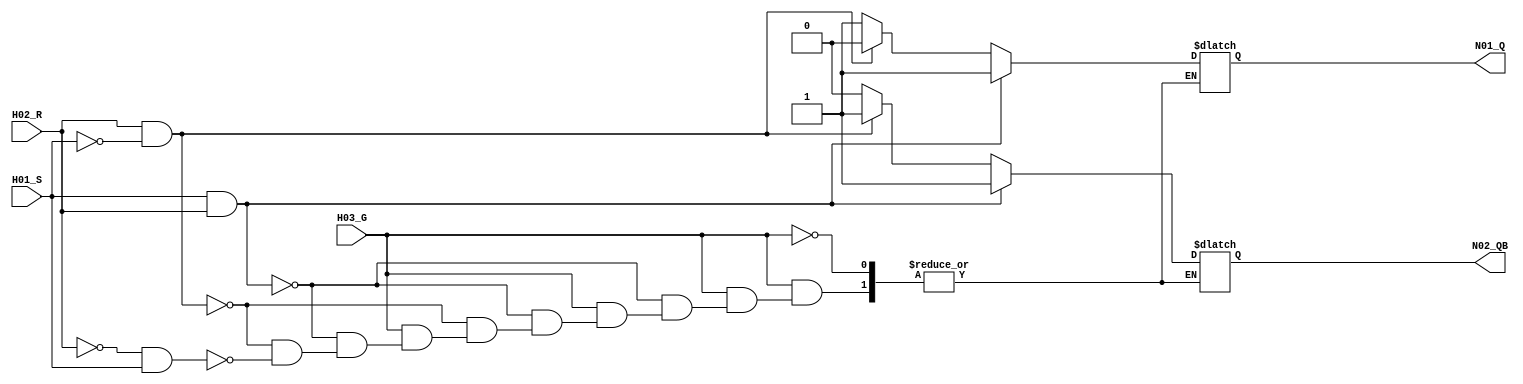
// This program was cloned from: https://github.com/RonnyA/nd-120
// License: MIT License

/******************************************************************************
 **                                                                          **
 ** Component : F595                                                         **
 **                                                                          **
 ** R/S Latch with Gated input                                               **
 **                                                                          **
 ** Truth table from REN_A12213XJ5V1UM00_OTH_19980801.pdf                    **
 ** Page 6-214. Function RS-LATCH                                            **
 *****************************************************************************/

module F595( 
   input H01_S, // Set
   input H02_R, // Reset
   input H03_G, // Gate Enable

   output N01_Q, // Q
   output N02_QB // Qn
);

    /* verilator lint_off UNOPTFLAT */

   reg regQ;
   reg regQn;

   // Behavioral description of the R-S latch   
   //always @(posedge H01_S, posedge H02_R, posedge H03_G) begin

    /* verilator lint_off LATCH */

    always @* begin
      if (H03_G) begin
       if (H01_S & H02_R) begin              
           regQ = 1'b1;          
           regQn = 1'b1;                 
       end else if (H02_R & !H01_S) begin
           regQ = 1'b0;          
           regQn = 1'b1;          
       end else if (!H02_R & H01_S) begin
           regQ = 1'b1;          
           regQn = 1'b0;          
       end /*else begin
           regQ = regQ; // Explicitly maintaining previous state (to avoid warning/error "not all control paths of combinational always assign a value")
           regQn = regQn;
       end*/
    end
  end
  
  assign N01_Q = regQ;
  assign N02_QB = regQn;

endmodule